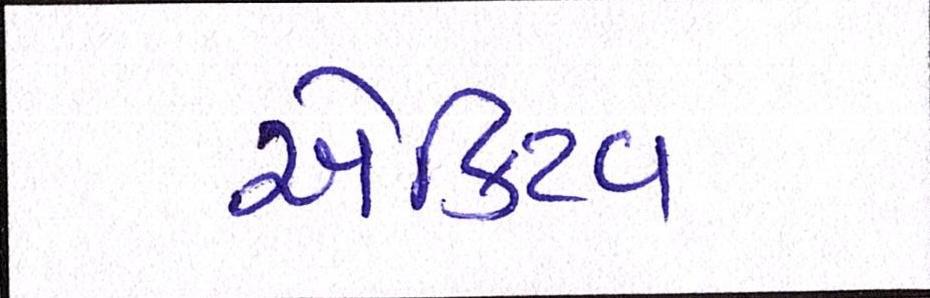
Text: એક્ટિવ